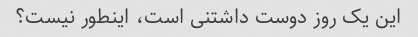
این یک روز دوست داشتنی است، اینطور نیست؟